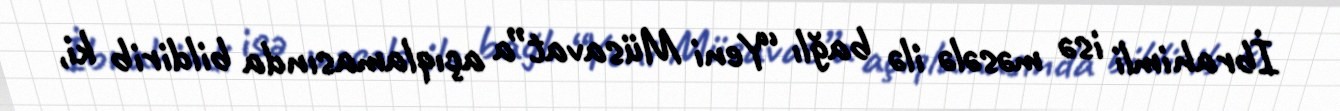
İbrahimli isə məsələ ilə bağlı “Yeni Müsavat”a açıqlamasında bildirib ki,